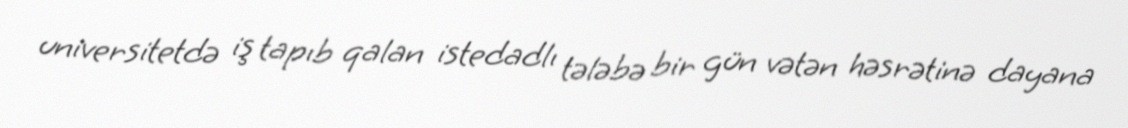
universitetdə iş tapıb qalan istedadlı tələbə bir gün vətən həsrətinə dayana